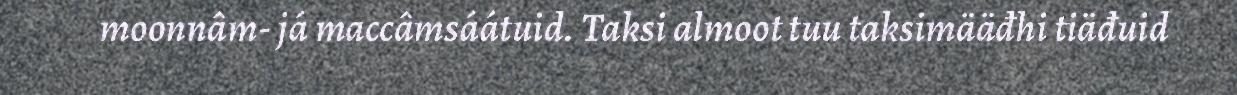
moonnâm- já maccâmsáátuid. Taksi almoot tuu taksimääđhi tiäđuid